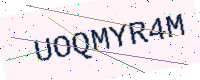
Text: UOQMYR4M